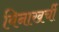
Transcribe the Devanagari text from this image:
विनाखर्ची